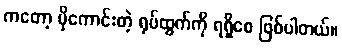
ကတော့ ပိုကောင်းတဲ့ ရုပ်ထွက်ကို ရရှိစေ ဖြစ်ပါတယ်။